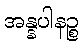
အန္နပါနဉ္စ